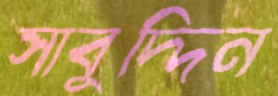
সাবুদ্দিন